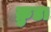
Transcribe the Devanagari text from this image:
क्रुडा